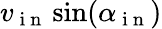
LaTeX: v_{\mathrm{~i~n~}}\sin(\alpha_{\mathrm{~i~n~}})